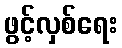
ဖွင့်လှစ်ရေး